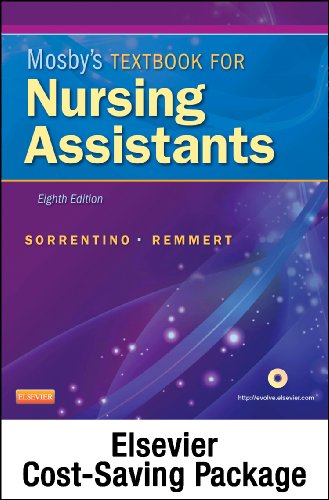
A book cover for Mosby's Textbook for Nursing Assistants (Soft Cover Version) - Text and Mosby's Nursing Assistant Video Skills - Student Version DVD 4.0 Package, 8e; Sheila A. Sorrentino PhD  RN; Medical Books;